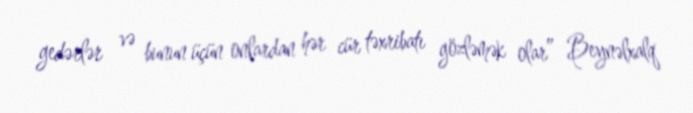
gedərlər və bunun üçün onlardan hər cür təxribatı gözləmək olar” Beynəlxalq